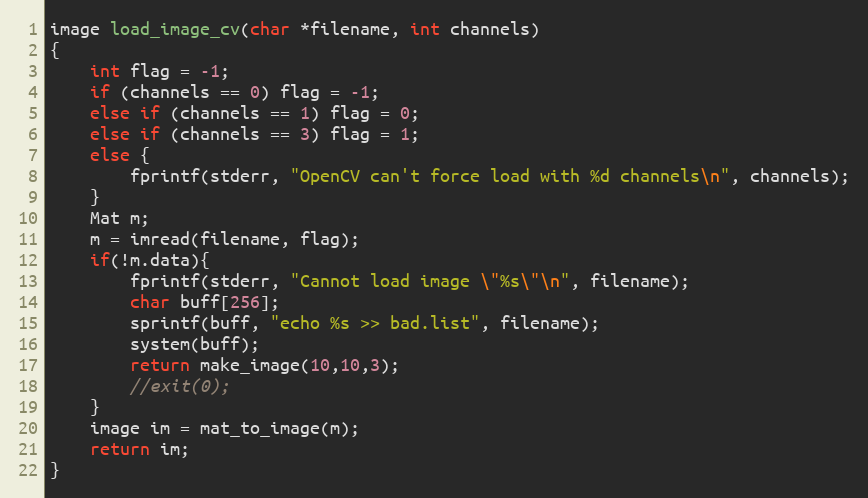
Language: C++
image load_image_cv(char *filename, int channels)
{
    int flag = -1;
    if (channels == 0) flag = -1;
    else if (channels == 1) flag = 0;
    else if (channels == 3) flag = 1;
    else {
        fprintf(stderr, "OpenCV can't force load with %d channels\n", channels);
    }
    Mat m;
    m = imread(filename, flag);
    if(!m.data){
        fprintf(stderr, "Cannot load image \"%s\"\n", filename);
        char buff[256];
        sprintf(buff, "echo %s >> bad.list", filename);
        system(buff);
        return make_image(10,10,3);
        //exit(0);
    }
    image im = mat_to_image(m);
    return im;
}